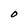
Character: O